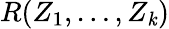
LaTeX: R(Z_{1},\dots,Z_{\mathit{k}})